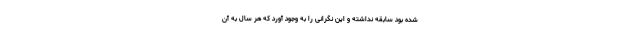
شده بود سابقه نداشته و این نگرانی را به وجود آورد که هر سال به آن